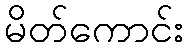
မိတ်ကောင်း